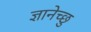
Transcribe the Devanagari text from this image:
ज्ञानेच्छु